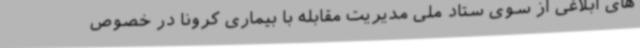
های ابلاغی از سوی ستاد ملی مدیریت مقابله با بیماری کرونا در خصوص